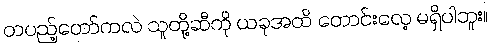
တပည့်တော်ကလဲ သူတို့ဆီကို ယခုအထိ တောင်းလေ့ မရှိပါဘူး။